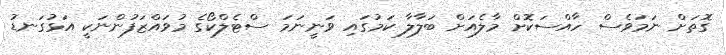
ގޮތަށް ނަމަވެސް ހާއްސަކޮށް މާލެއަށް ބަލާލާ ކަމުގައި ވަނީނަމަ ސްޓެލްކޯގެ މުވައްޒަފުންނަކީ އަޅުގަނޑު